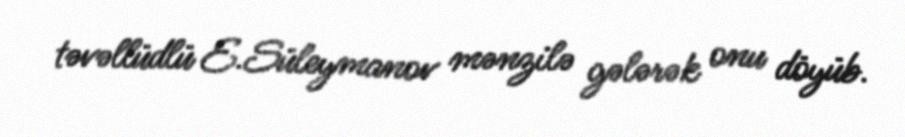
təvəllüdlü E.Süleymanov mənzilə gələrək onu döyüb.